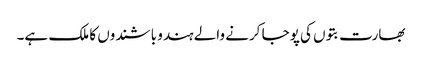
بھارت بتوں کی پوجا کرنے والے ہندو باشندوں کا ملک ہے۔